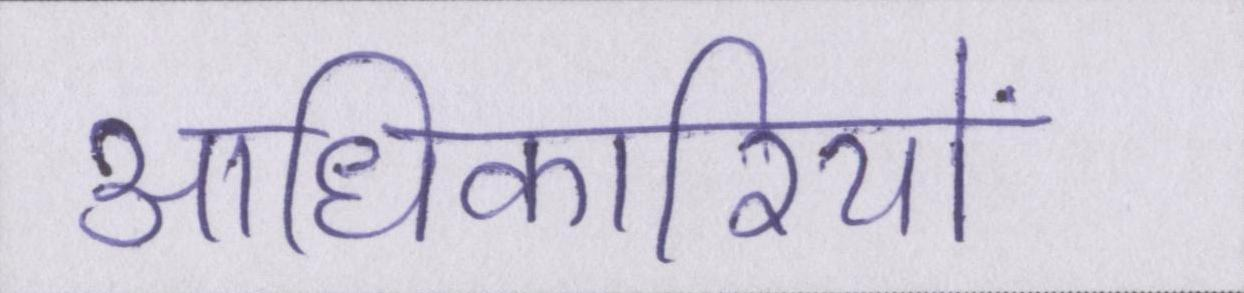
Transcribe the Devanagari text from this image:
आधिकारियों